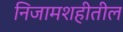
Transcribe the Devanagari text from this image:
निजामशहीतील